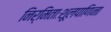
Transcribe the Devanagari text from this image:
निर्मिताःशूलपाणिना